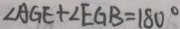
\angle A G E + \angle E G B = 1 8 0 ^ { \circ }